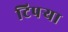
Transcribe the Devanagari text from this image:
टिपर्‍या